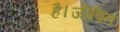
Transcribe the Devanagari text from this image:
है।जीवित